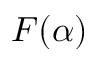
F ( \alpha )